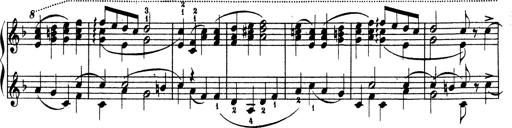
Title: Ave Maria d' Arcadelt
Composer: Franz Liszt